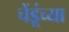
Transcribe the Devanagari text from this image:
चेंडूंच्या